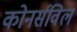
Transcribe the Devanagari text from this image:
कोनर्सविल